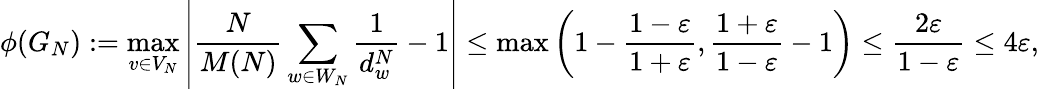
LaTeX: \phi(G_{N}):=\operatorname*{max}_{v\in V_{N}}\left\lvert\frac{N}{M(N)}\sum_{w\in W_{N}}\frac{1}{d_{w}^{N}}-1\right\rvert\leq\operatorname*{max}\left(1-\frac{1-\varepsilon}{1+\varepsilon},\frac{1+\varepsilon}{1-\varepsilon}-1\right)\leq\frac{2\varepsilon}{1-\varepsilon}\leq 4\varepsilon,